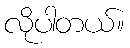
လိုပါတယ်။